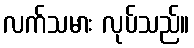
လက်သမား လုပ်သည်။